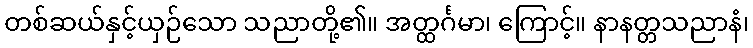
တစ်ဆယ်နှင့်ယှဉ်သော သညာတို့၏။ အတ္ထင်္ဂမာ၊ ကြောင့်။ နာနတ္တသညာနံ၊